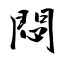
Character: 悶